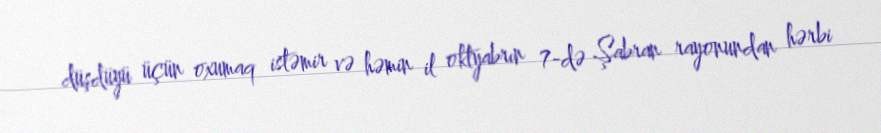
düşdüyü üçün oxumaq istəmir və həmin il oktyabrın 7-də Şabran rayonundan hərbi